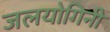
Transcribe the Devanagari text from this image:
जलयोगिनी